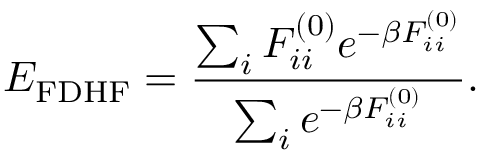
E _ { \mathrm { F D H F } } = \frac { \sum _ { i } F _ { i i } ^ { ( 0 ) } e ^ { - \beta F _ { i i } ^ { ( 0 ) } } } { \sum _ { i } e ^ { - \beta F _ { i i } ^ { ( 0 ) } } } .